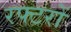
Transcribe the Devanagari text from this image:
रफ्टरों